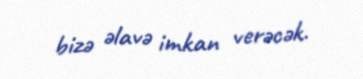
bizə əlavə imkan verəcək.